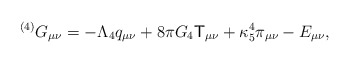
\begin{align*}{}^{(4)}G_{\mu \nu }=-\Lambda _{4}q_{\mu \nu }+8\pi G_{4}{\sf T}_{\mu \nu}+\kappa _{5}^{4}\pi _{\mu \nu }-E_{\mu \nu }, \end{align*}